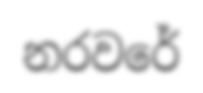
නරවරේ